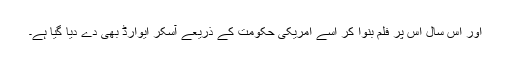
اور اس سال اس پر فلم بنوا کر اسے امریکی حکومت کے ذریعے آسکر ایوارڈ بھی دے دیا گیا ہے۔